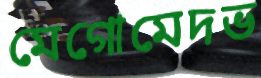
মেগোমেদভ